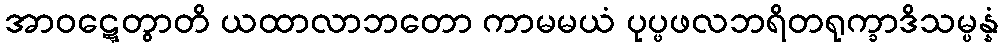
အာဝဋ္ဋေတွာတိ ယထာလာဘတော ကာမမယံ ပုပ္ဖဖလဘရိတရုက္ခာဒိသမ္ပန္နံ